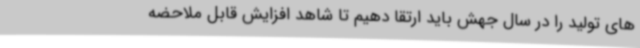
های تولید را در سال جهش باید ارتقا دهیم تا شاهد افزایش قابل ملاحضه